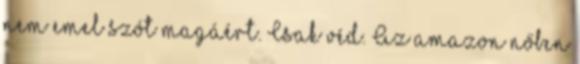
nem emel szót magáért. Csak véd. Az amazon nőben